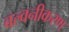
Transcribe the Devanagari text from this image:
बल्वनीकरण